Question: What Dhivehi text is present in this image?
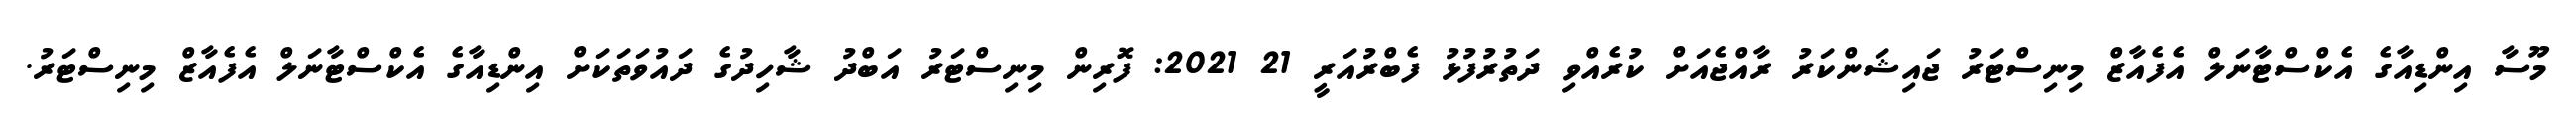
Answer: މޫސާ އިންޑިއާގެ އެކްސްޓާނަލް އެފެއާޒް މިނިސްޓަރު ޖައިޝަންކަރު ރާއްޖެއަށް ކުރެއްވި ދަތުރުފުޅު ފެބްރުއަރީ 21 2021: ފޮރިން މިނިސްޓަރު އަބްދު ޝާހިދުގެ ދައުވަތަކަށް އިންޑިއާގެ އެކްސްޓާނަލް އެފެއާޒް މިނިސްޓަރު.